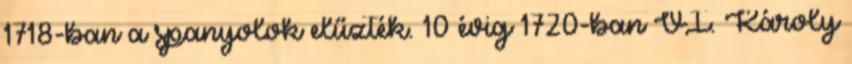
1718-ban a spanyolok elűzték. 10 évig 1720-ban VI. Károly